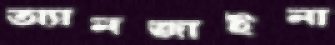
অ্যানজাইনা